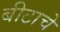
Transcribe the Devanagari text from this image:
बीटाचे